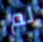
لم